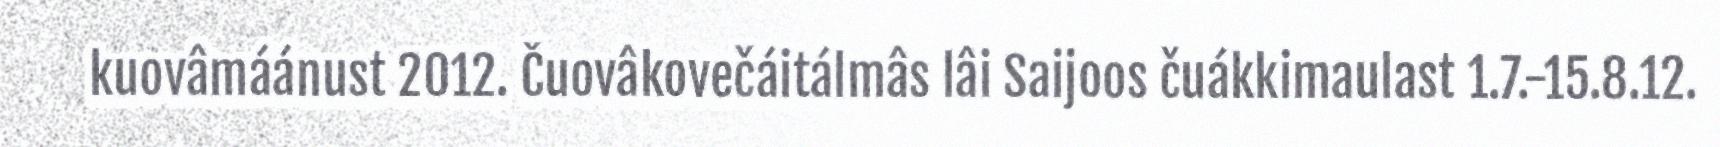
kuovâmáánust 2012. Čuovâkovečáitálmâs lâi Saijoos čuákkimaulast 1.7.-15.8.12.